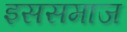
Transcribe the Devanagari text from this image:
इससमाज